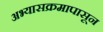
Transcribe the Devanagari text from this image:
अभ्यासक्रमापासून